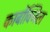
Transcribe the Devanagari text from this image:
कार्बोक्जिल